Memorandum on the prevention of leprosy by segregation of the affected
Disease focus: Leprosy
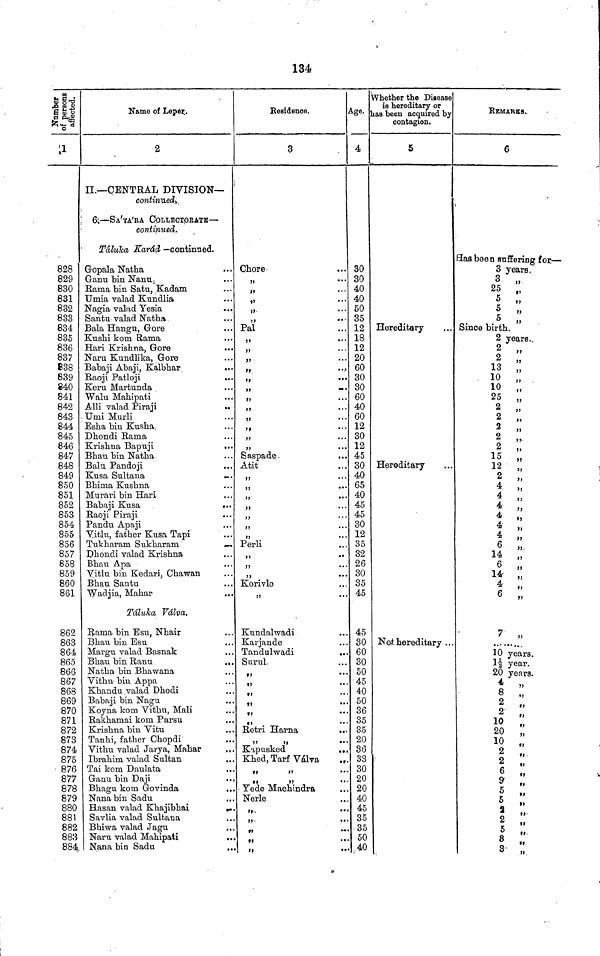
134
Number of persons affected.
;i
828
829
830
831
832
833
834
835
836
837
838
839
840
841
842
843
844
845
846
847
848
849
850
851
852
853
854
855
856
857
858
859
860
861
862
863
864
865
866
867
868
869
870
871
872
873
874
875
876
877
878
879
880
881
882
883
884
Name of Leper..
2
II.—CENTRAL DIVISION-
Continued.
6;—SA'TA'RA COLLECTORATB—
continued.
Táluka Karád — continued.
Gopala Natha
Ganu bin Nanu:
Rama bin Satu, Kadam
Umia valad Kundlia
Nagia valad Yesia
Santu valad Natha.
Bala Hangu, Gore
Kushi kom Rama
Hari Krishna, Gore
Naru Kundlika, Gore
Babaji Abaji, Kalbhar
...
Raoji Patloji
...
Keru Martunda
Walu Mahipati
Alli valad Piraji
Umi Murli
Esha bin Kusha,
Dhondi Rama
Krishna Bapuji
...
Bhan bin Natha.
Balu Pandoji
Kusa Sultana
Bhima Kushna
Murari bin Hari
Babaji Kusa
...
Raoji Piraji
Pandu Apaji
Vitlu, father Kusa Tapi
Tukharam Sukharam
Dhondi valad Krishna
Bhau Apa
Vitlu bin Kedari, Chawan
Bhau Santu
Wadjia, Mahar
Táluka Válva.
Rama bin Esu, Nhair
Bhau bin Esu
Margu valad Basnak
Bhau bin Ranu
...
Natha bin Bhawana
Vithu bin Appa
Khandu valad Dhodi
Babaji bin Nagu
Koyna kom Vithu, Mali
Rakhamai kom Parsu
Krishna bin Vitu
Tanhi, father Chopdi
Vithu valad Jarya, Mahar
.
Ibrahim valad Sultan
Tai kom Daulata
Ganu bin Daji
Bhagu kom Govinda
..
Nana bin Sadu
Hasan valad Khajibhai
Savlia valad Sultana
Bhiwa valad Jagu
.
Naru valad Mahipati
Nana bin Sadu
Residence.
3
Chore
,,
...
,,
•• •
,,
...
,,
,,
• •
Pal
,,
•••
»
}>
•••
ft
,,
••
,,
•
»
,,
...
,,
...
,,
• • •
,,
•••
,,
...
Saspade.
...
Atit
,,
...
,,
•••
,,
,,
...
,,
...
,,
••
,,
••
Perli
,,
••
7J
,,
•••
Korivle
,,
••
Kundalwadi
Karjande
Tandulwadi
..
Surul.
,,
S>
• •
,,
•
,,
,,
•
,,
Retri Harna
Kapusked
..
Khed, Tarf Válva
Yede Machindra
Nerle
Age.
4
30
30
40
40
50
35
12
18
12
20
60
30
30
60
40
60
12
30
12
45
30
40
65
40
45
45
30
12
35
32
26
30
35
45
45
30
60
30
50
45
40
50
36
35
35
20
36
33
30
20
20
40
45
35
.35
50
.40
Whether the Disease
is hereditary or
has-been acquired by
contagion.
5
Hereditary
Hereditary
Not hereditary ...
REMARKS.
6
Has been suffering for—
3 years,
3 „
25
5 ,,
5
,,
5 „
Since birth.
2 years,.
2 „
2
13
10
,,
10
„
25 „
2
„
2
„
2
,,
2
,,
2
„
15
„
12
,,
2 ,,
4
4
,,
4 ,,
4
,,
4
6 „
14 ,,
6
„
14
4
„
6
7
10 years.
1½ year.
20 years.
4
,,
8
2
2
,,
10
,,
20
,,
10
.
2
'
2
"
6 ,,
9 5 ,,
5
,,
2 ,,
2
,,
5 ,,
8
,,
3 ,,